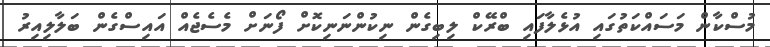
މުސްކާން މަސައްކަތުގައި އުޅެލާފައި ބްރޭކް ލިބިގެން ނިކުންނަނިކޮށް ފޯނަށް މެސެޖެއް އައިސްގެން ބަލާލިއިރު